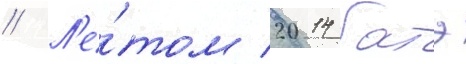
// Л'е́том 2014 батэ